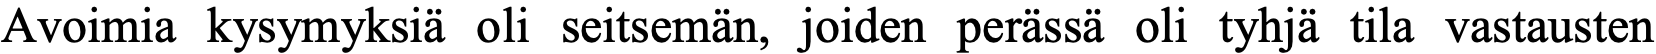
Avoimia kysymyksiä oli seitsemän, joiden perässä oli tyhjä tila vastausten